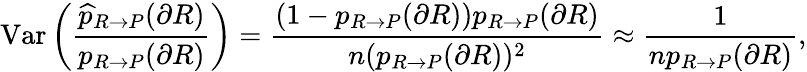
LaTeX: \mathrm{Var}\left(\frac{\widehat{p}_{R\rightarrow P}(\partial R)}{p_{R\rightarrow P}(\partial R)}\right)=\frac{(1-p_{R\rightarrow P}(\partial R))p_{R\rightarrow P}(\partial R)}{n(p_{R\rightarrow P}(\partial R))^{2}}\approx\frac{1}{np_{R\rightarrow P}(\partial R)},